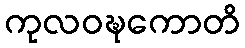
ကုလဝဍ္ဎကောတိ